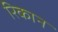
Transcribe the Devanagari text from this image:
रिकान